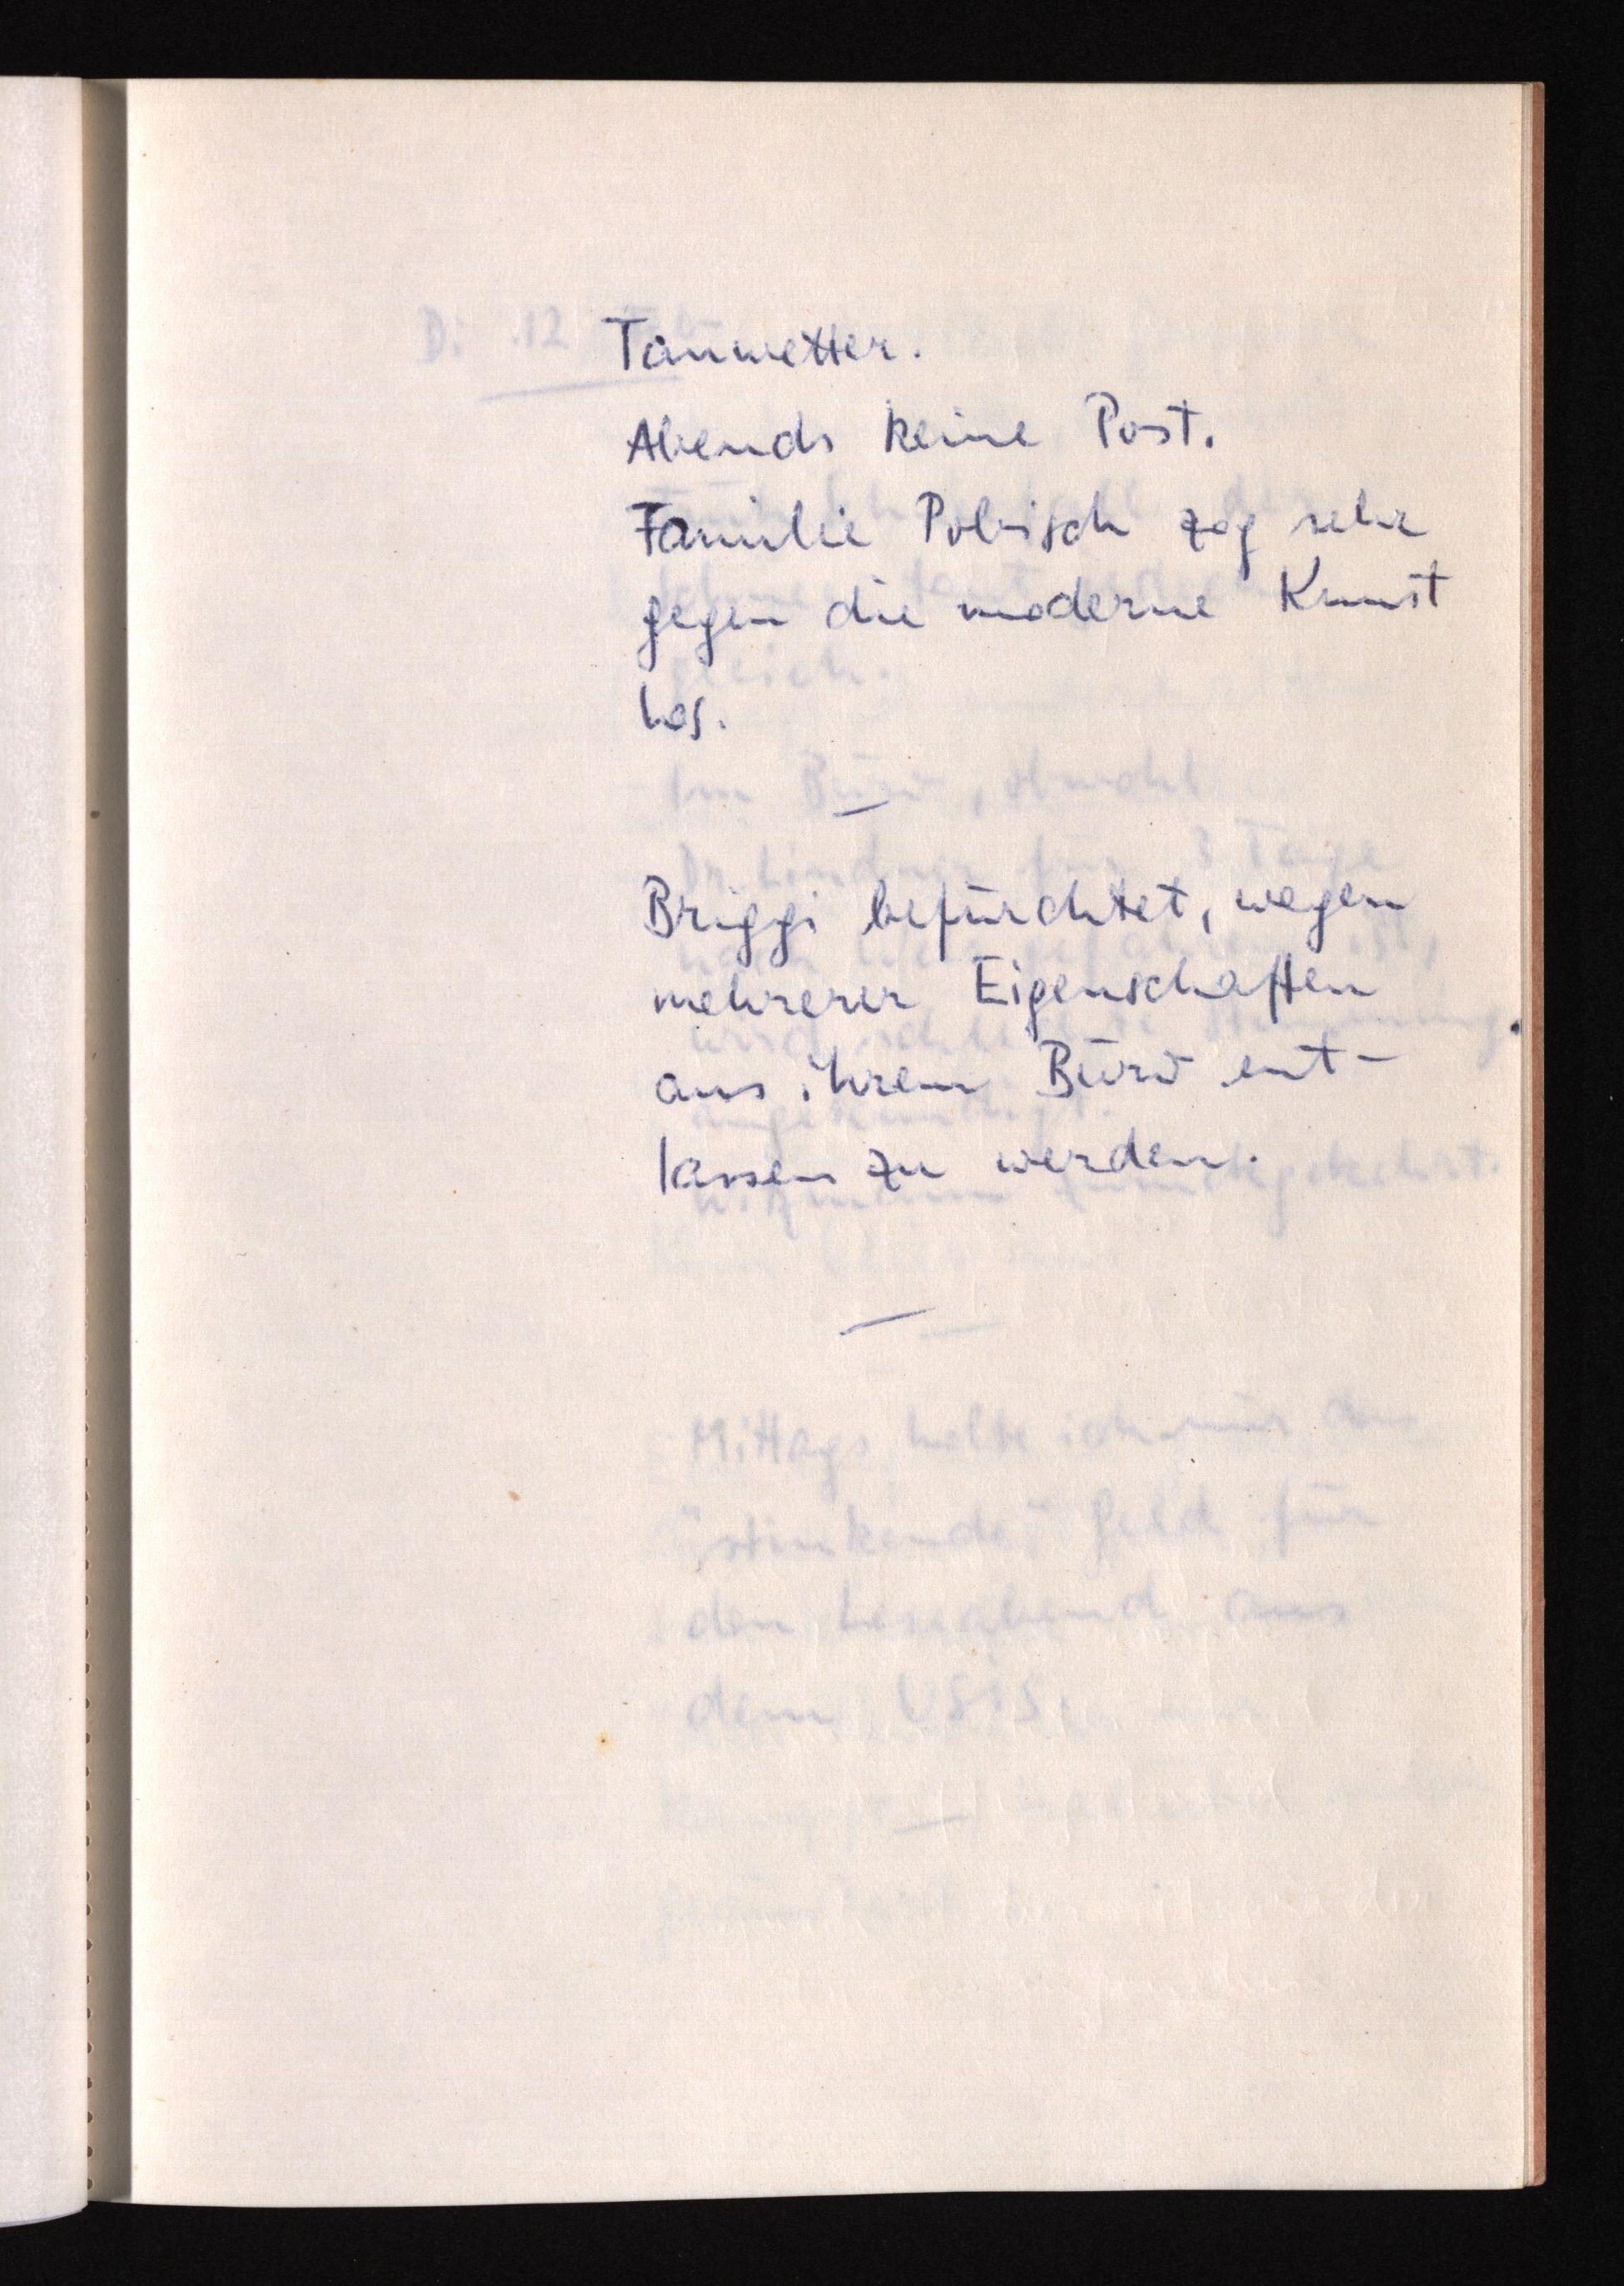
Tauwetter.
Abends keine Post.
Familie Pobisch zog sehr
gegen die moderne Kunst
los.
Briggi befürchtet, wegen
mehrerer Eigenschaften
aus ihrem Büro ent¬
lassen zu werden.